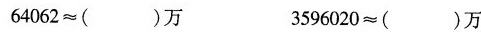
)64062≈( )万 3596020≈( )万